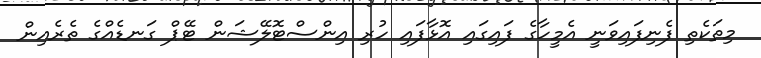
މިތަކެތި ފެނިފައިވަނީ އެމީހާގެ ފައިގައި އޮޅާފައި ހުރި އިންސްޓޮލޭޝަން ޓޭޕް ގަނޑެއްގެ ތެރެއިން